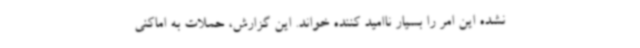
نشده این امر را بسیار ناامید کننده خواند. این گزارش، حملات به اماکنی